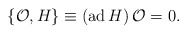
\begin{align*}\{{\cal O},H\}\equiv({\rm ad}\, H )\, {\cal O}=0.\end{align*}